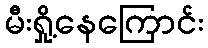
မီးရှို့နေကြောင်း